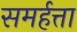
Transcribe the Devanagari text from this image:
समर्हत्ता